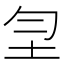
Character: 𡉲